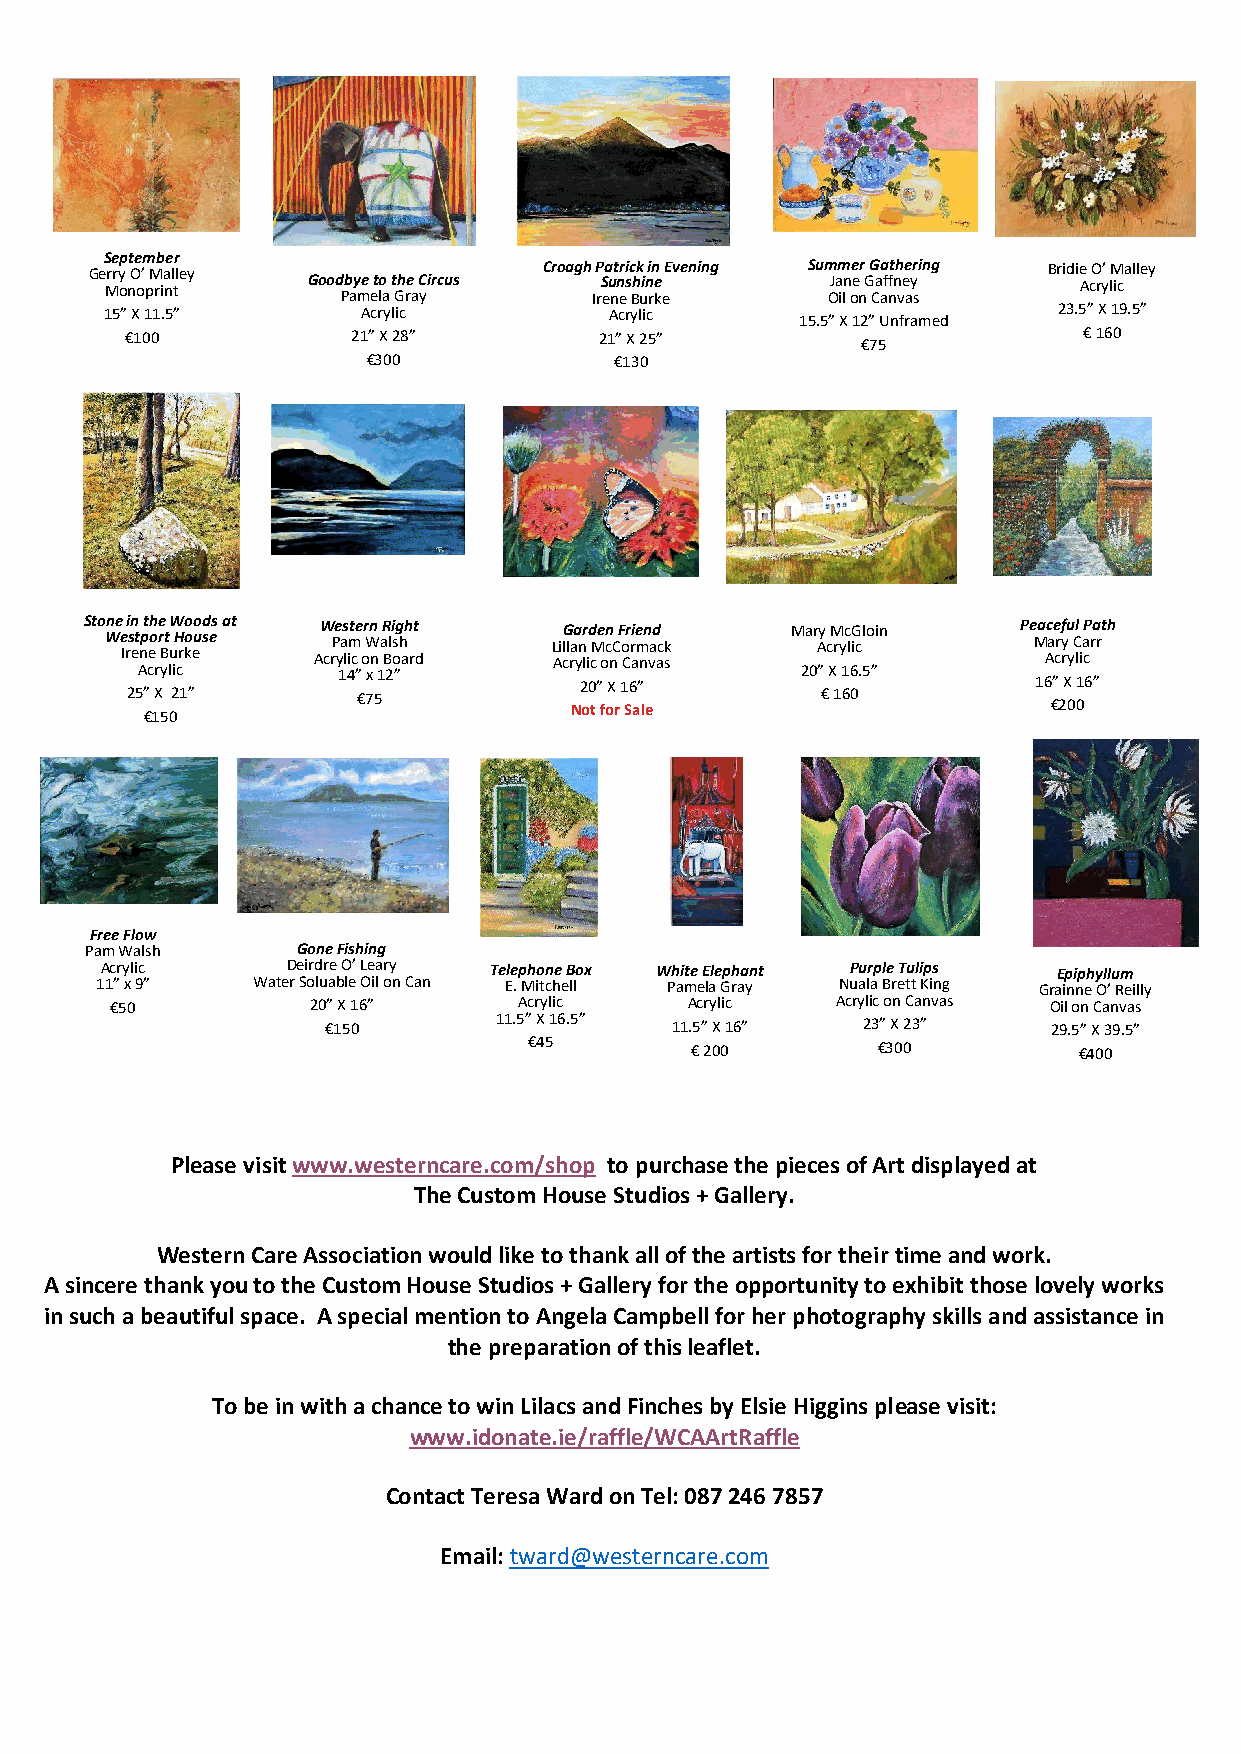
September
 Ge Mrry o nO o’ pM ria nl tl ey Good Pb ay me et lo a t Gh re a C y ircus Croagh I rP S ea u nt n eri s c Bhk ui ni rn e k e E vening Sum OJam iln oe e nr G G Caa aff nt nh vee ayr s i ng Bridie A cO ry’ lM ica lley
 15” X 11.5”      Acrylic         Acrylic      15.5” X 12” Unframed 23.5” X 19.5”
 €1 0 0         21 €”
 3
 X
 0
 2 08 ”        21 €”
 1
 X
 3
 2 05 ”         €7 5           € 1 6 0
 Sto Wne e I ri sn et n pt eh o e r Bt u W H rkoo euo sd es at AW crPe yas limt ce or Wn n aR Bli s og h ah rt d L Ai cG ll raa ynr li d cMe ocn nC F o Cr ri ae m nn vad ac sk Mar Ay c M r y c liG c loin Pe Ma Ac ae crf y ru y C ll i a cP r a rt h
 Acrylic      14” x 12”       20” X 16”      20” X 16.5”     16” X 16”
 25” X 21”       €75                           € 160
 Not for Sale                    €200
 €1 5 0
 Free Flow
 Pam Walsh     Gone Fishing
 Acrylic     Deirdre O’ Leary Telephone Box White Elephant Purple Tulips Epiphyllum
 11” x 9”   Water Soluable Oil on Can E. Mitchell Pamela Gray Nuala Brett King Grainne O’ Reilly
 €50           20” X 16”    Acrylic     Acrylic  Acrylic on Canvas Oil on Canvas
 €150       11.5” X 16.5” 11.5” X 16” 23” X 23”  29.5” X 39.5”
 €45        € 200       €300         €400
 Please visit www.westerncare.com/shop to purchase the pieces of Art displayed at
 The Custom House Studios + Gallery.
 Western Care Association would like to thank all of the artists for their time and work.
 A sincere thank you to the Custom House Studios + Gallery for the opportunity to exhibit those lovely works
 in such a beautiful space. A special mention to Angela Campbell for her photography skills and assistance in
 the preparation of this leaflet.
 To be in with a chance to win Lilacs and Finches by Elsie Higgins please visit:
 www.idonate.ie/raffle/WCAArtRaffle
 Contact Teresa Ward on Tel: 087 246 7857
 Email: tward@westerncare.com